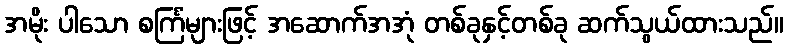
အမိုး ပါသော စင်္ကြံများဖြင့် အဆောက်အအုံ တစ်ခုနှင့်တစ်ခု ဆက်သွယ်ထားသည်။